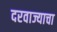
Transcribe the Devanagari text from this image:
दरवाज्याचा